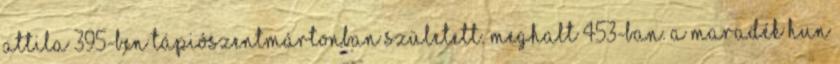
Attila 395-ben Tápiószentmártonban született. Meghalt 453-ban. A maradék hun